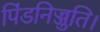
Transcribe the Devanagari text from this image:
पिंडनिज्जुति।